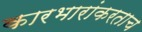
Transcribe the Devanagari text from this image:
कारभारांकरताच